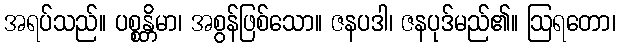
အရပ်သည်။ ပစ္စန္တိမာ၊ အစွန်ဖြစ်သော။ ဇနပဒါ၊ ဇနပုဒ်မည်၏။ ဩရတော၊